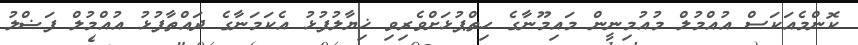
ކޮންމެއަކަސް އުއްމުލް މުއުމިނީން މައިމޫނާގެ ހިތްޕުޅަށްވެރިވި ޚިޔާލުފުޅު އެކަމަނާގެ ދައްތާފުޅު އުއްމުލް ފަޟްލު